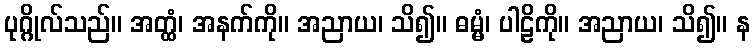
ပုဂ္ဂိုလ်သည်။ အတ္ထံ၊ အနက်ကို။ အညာယ၊ သိ၍။ ဓမ္မံ၊ ပါဠိကို။ အညာယ၊ သိ၍။ န